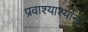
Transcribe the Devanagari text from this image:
प्रवाश्याश्यांना